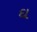
ઘ